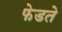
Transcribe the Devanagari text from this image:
फेडते